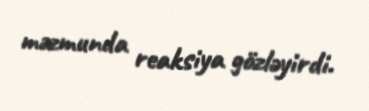
məzmunda reaksiya gözləyirdi.